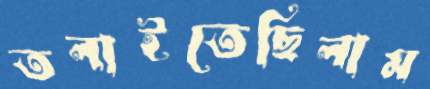
তলাইতেছিলাম